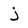
Character: j